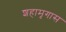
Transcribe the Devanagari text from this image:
शहामृगास